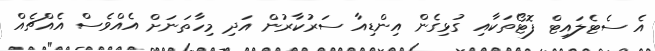
އެ ސެޓެލައިޓް ފޮޓޯތަކާއި ގުޅިގެން އިންޑިއާ ސަރުކާރުން އަދި މިހާތަނަށް އެއްވެސް އެެއްޗެއް